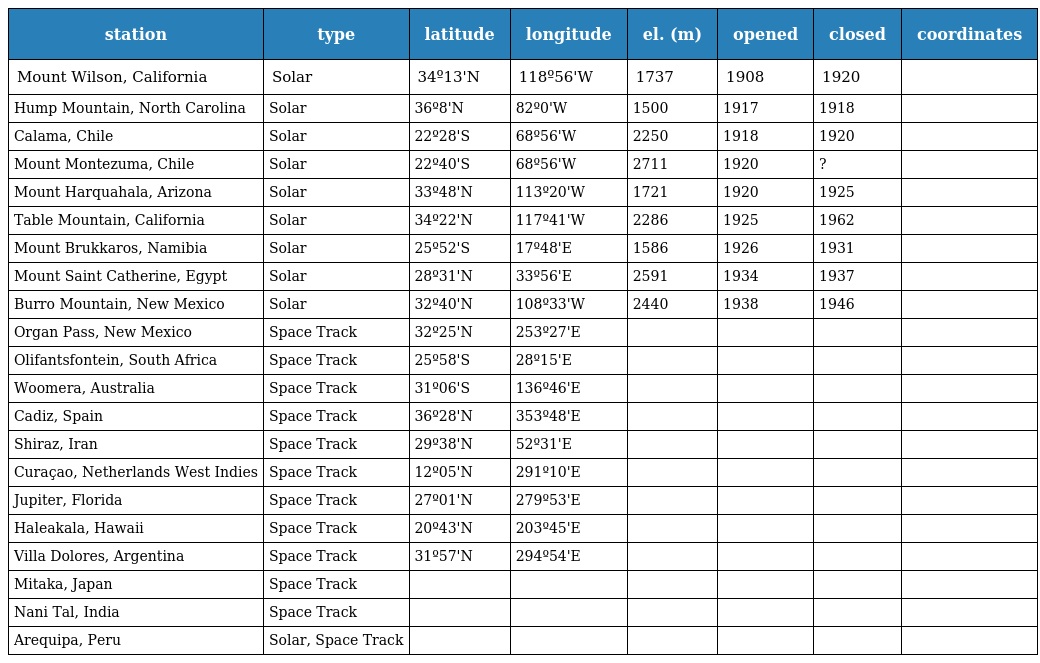
| station | type | latitude | longitude | el. (m) | opened | closed | coordinates |
 | --- | --- | --- | --- | --- | --- | --- | --- |
 | Mount Wilson, California | Solar | 34º13'N | 118º56'W | 1737 | 1908 | 1920 |  |
 | Hump Mountain, North Carolina | Solar | 36º8'N | 82º0'W | 1500 | 1917 | 1918 |  |
 | Calama, Chile | Solar | 22º28'S | 68º56'W | 2250 | 1918 | 1920 |  |
 | Mount Montezuma, Chile | Solar | 22º40'S | 68º56'W | 2711 | 1920 | ? |  |
 | Mount Harquahala, Arizona | Solar | 33º48'N | 113º20'W | 1721 | 1920 | 1925 |  |
 | Table Mountain, California | Solar | 34º22'N | 117º41'W | 2286 | 1925 | 1962 |  |
 | Mount Brukkaros, Namibia | Solar | 25º52'S | 17º48'E | 1586 | 1926 | 1931 |  |
 | Mount Saint Catherine, Egypt | Solar | 28º31'N | 33º56'E | 2591 | 1934 | 1937 |  |
 | Burro Mountain, New Mexico | Solar | 32º40'N | 108º33'W | 2440 | 1938 | 1946 |  |
 | Organ Pass, New Mexico | Space Track | 32º25'N | 253º27'E |  |  |  |  |
 | Olifantsfontein, South Africa | Space Track | 25º58'S | 28º15'E |  |  |  |  |
 | Woomera, Australia | Space Track | 31º06'S | 136º46'E |  |  |  |  |
 | Cadiz, Spain | Space Track | 36º28'N | 353º48'E |  |  |  |  |
 | Shiraz, Iran | Space Track | 29º38'N | 52º31'E |  |  |  |  |
 | Curaçao, Netherlands West Indies | Space Track | 12º05'N | 291º10'E |  |  |  |  |
 | Jupiter, Florida | Space Track | 27º01'N | 279º53'E |  |  |  |  |
 | Haleakala, Hawaii | Space Track | 20º43'N | 203º45'E |  |  |  |  |
 | Villa Dolores, Argentina | Space Track | 31º57'N | 294º54'E |  |  |  |  |
 | Mitaka, Japan | Space Track |  |  |  |  |  |  |
 | Nani Tal, India | Space Track |  |  |  |  |  |  |
 | Arequipa, Peru | Solar, Space Track |  |  |  |  |  |  |